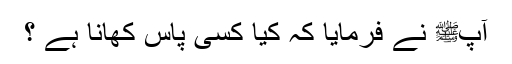
آپﷺ نے فرمایا کہ کیا کسی پاس کھانا ہے ؟